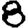
Digit: 8